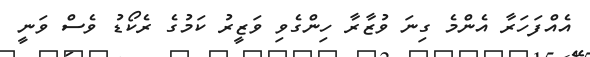
އެއްފަހަރާ އެންމެ ގިނަ ވުޒާރާ ހިންގެވި ވަޒީރު ކަމުގެ ރެކޯޑު ވެސް ވަނީ